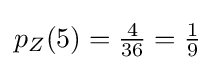
{\textstyle p_{Z}(5)={\frac {4}{36}}={1 \over 9}}